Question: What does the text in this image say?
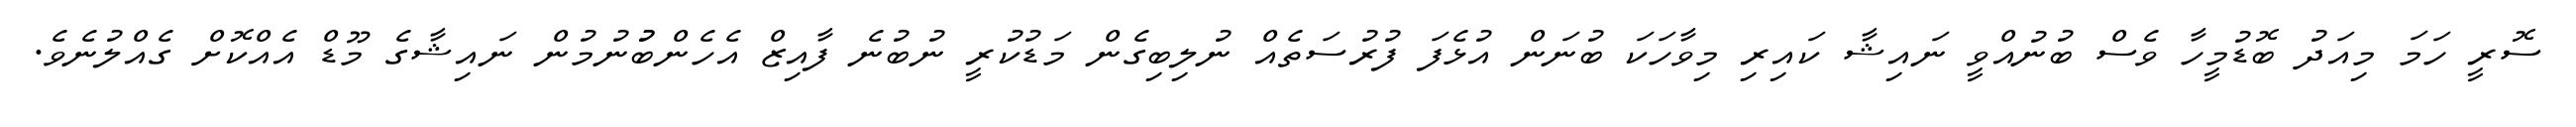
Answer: ސޮރީ ހަމަ މިއަދު ބޮޑުމީހާ ވެސް ބުނުއްވީ ނައިޝާ ކައިރި މިވާހަކަ ބުނަން އުޅެފަ ފުރުސަތެއް ނުލިބިގެން މަޑުކުރީ ނުބުނެ ފާއިޒް އެހެންބުުނުމުން ނައިޝާގެ މޫޑް އެއްކޮށް ގެއްލުނެވެ.